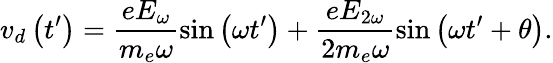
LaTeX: v_{d}\left(t^{\prime}\right)=\frac{eE_{\omega}}{m_{e}\omega}\sin\left(\omega t^{\prime}\right)+\frac{eE_{2\omega}}{2m_{e}\omega}\sin\left(\omega t^{\prime}+\theta\right).